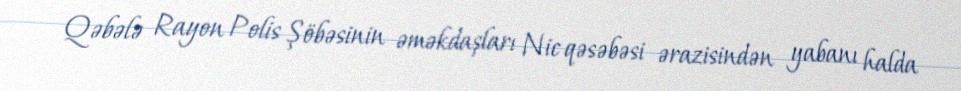
Qəbələ Rayon Polis Şöbəsinin əməkdaşları Nic qəsəbəsi ərazisindən yabanı halda